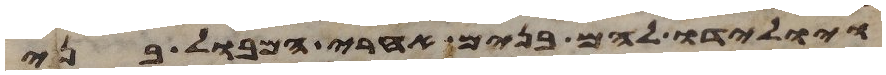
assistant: ויולידו להם בנים אחרי המבול בני